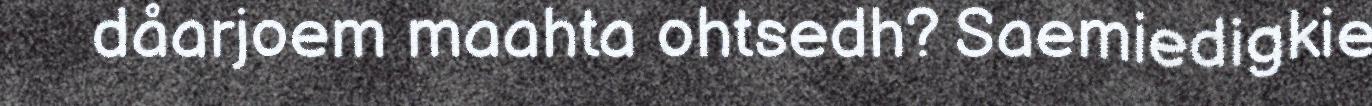
dåarjoem maahta ohtsedh? Saemiedigkie